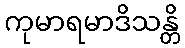
ကုမာရမာဒိသန္တိ